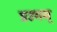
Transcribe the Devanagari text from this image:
प्रउगम्